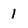
Character: 1